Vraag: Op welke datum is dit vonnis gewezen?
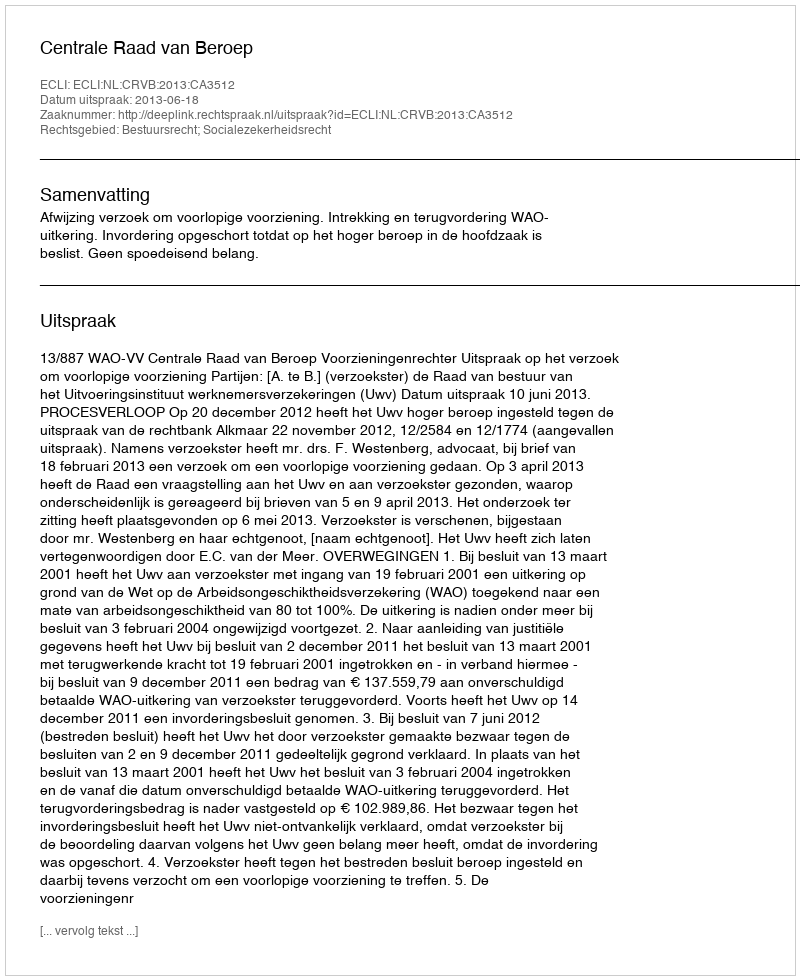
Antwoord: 2013-06-18